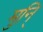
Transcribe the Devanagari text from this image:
मुनि्